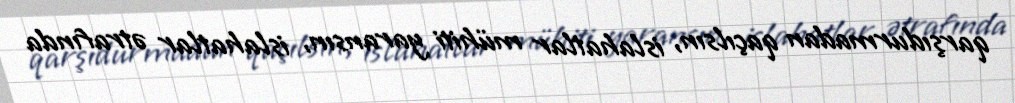
qarşıdurmadan qaçılsın, islahatlar mühiti yaransın, islahatlar ətrafında